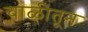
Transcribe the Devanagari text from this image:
चाळीतून